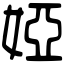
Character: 婭